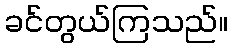
ခင်တွယ်ကြသည်။